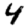
Digit: 4